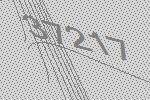
37217